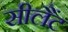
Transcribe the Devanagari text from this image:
सीलैंट